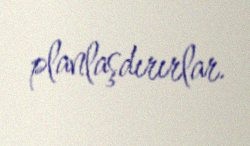
planlaşdırırlar.